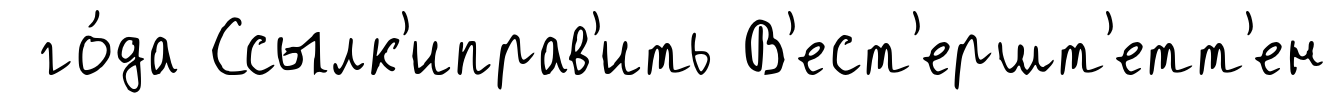
го́да Ссылк'иправ'ить В'ест'ершт'етт'ен